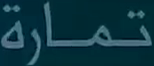
تمارة